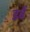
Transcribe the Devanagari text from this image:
डर्बे